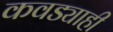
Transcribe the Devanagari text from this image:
कवड्याही